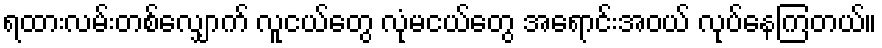
ရထားလမ်းတစ်လျှောက် လူငယ်တွေ လုံမငယ်တွေ အရောင်းအဝယ် လုပ်နေကြတယ်။